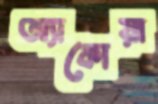
অ্যাকোয়া